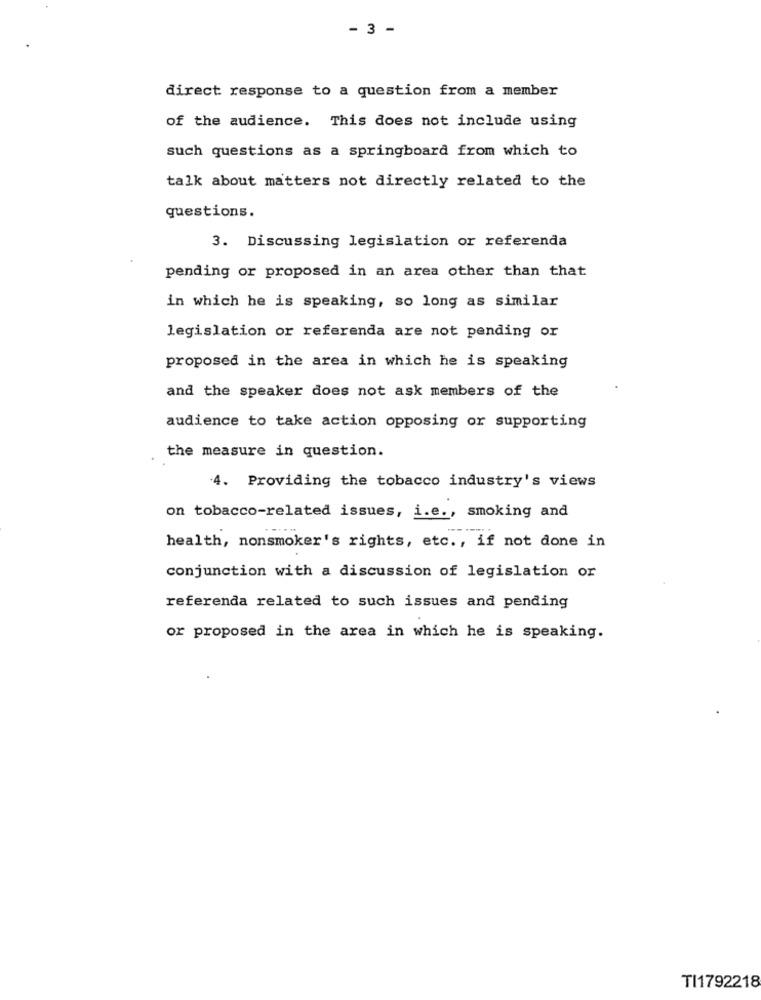
- 3 -
direct response to a question from a member
of the audience. This does not include using
such questions as a springboard from which to
talk about matters not directly related to the
questions.
3. Discussing legislation or referenda
pending or proposed in an area other than that
in which he is speaking, so long as similar
legislation or referenda are not pending or
proposed in the area in which he is speaking
and the speaker does not ask members of the
audience to take action opposing or supporting
the measure in question.
4. Providing the tobacco industry's views
on tobacco-related issues, i.e ., smoking and
health, nonsmoker's rights, etc ., if not done in
conjunction with a discussion of legislation or
referenda related to such issues and pending
or proposed in the area in which he is speaking.
TI1792218